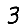
Digit: 3